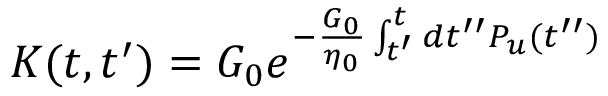
\begin{array} { r } { K ( t , t ^ { \prime } ) = G _ { 0 } e ^ { - \frac { G _ { 0 } } { \eta _ { 0 } } \int _ { t ^ { \prime } } ^ { t } d t ^ { \prime \prime } P _ { u } ( t ^ { \prime \prime } ) } } \end{array}